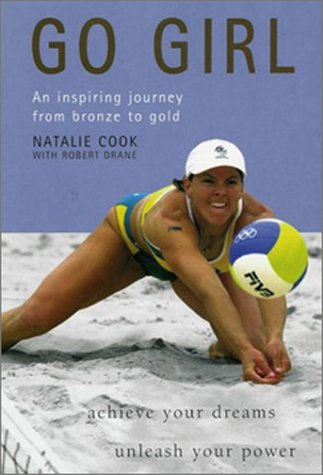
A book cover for Go Girl: An Inspiring Journey from Bronze to Gold; Natalie Cook; Sports & Outdoors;